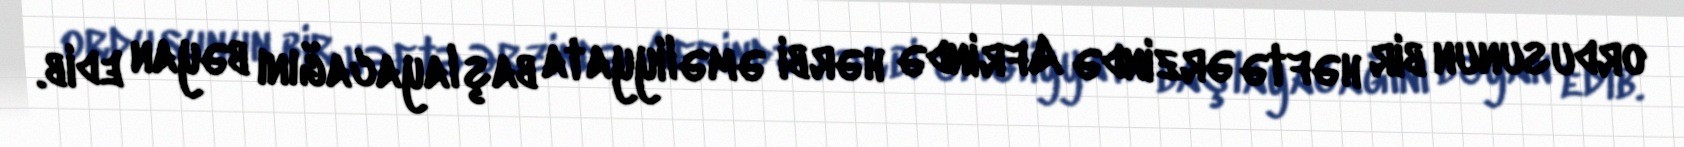
ordusunun bir həftə ərzində Afrində hərbi əməliyyata başlayacağını bəyan edib.